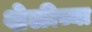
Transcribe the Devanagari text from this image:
शेळीच्या